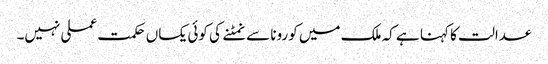
عدالت کا کہنا ہے کہ ملک میں کورونا سے نمٹنے کی کوئی یکساں حکمت عملی نہیں۔